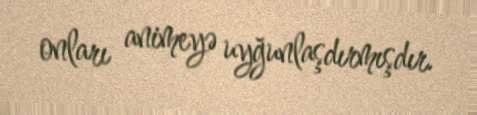
onları animeyə uyğunlaşdırmışdır.